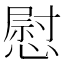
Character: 慰